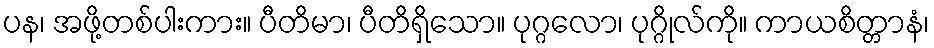
ပန၊ အဖို့တစ်ပါးကား။ ပီတိမာ၊ ပီတိရှိသော။ ပုဂ္ဂလော၊ ပုဂ္ဂိုလ်ကို။ ကာယစိတ္တာနံ၊